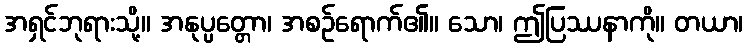
အရှင်ဘုရားသို့။ အနုပ္ပတ္တော၊ အစဉ်ရောက်၏။ သော၊ ဤပြဿနာကို။ တယာ၊